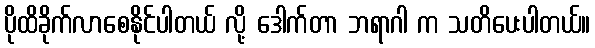
ပိုထိခိုက်လာစေနိုင်ပါတယ် လို့ ဒေါက်တာ ဘရာဂါ က သတိပေးပါတယ်။